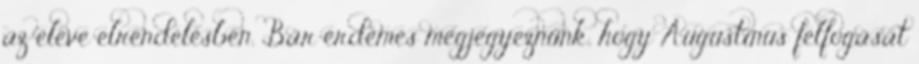
az eleve elrendelésben. Bár érdemes megjegyeznünk, hogy Augustinus felfogását